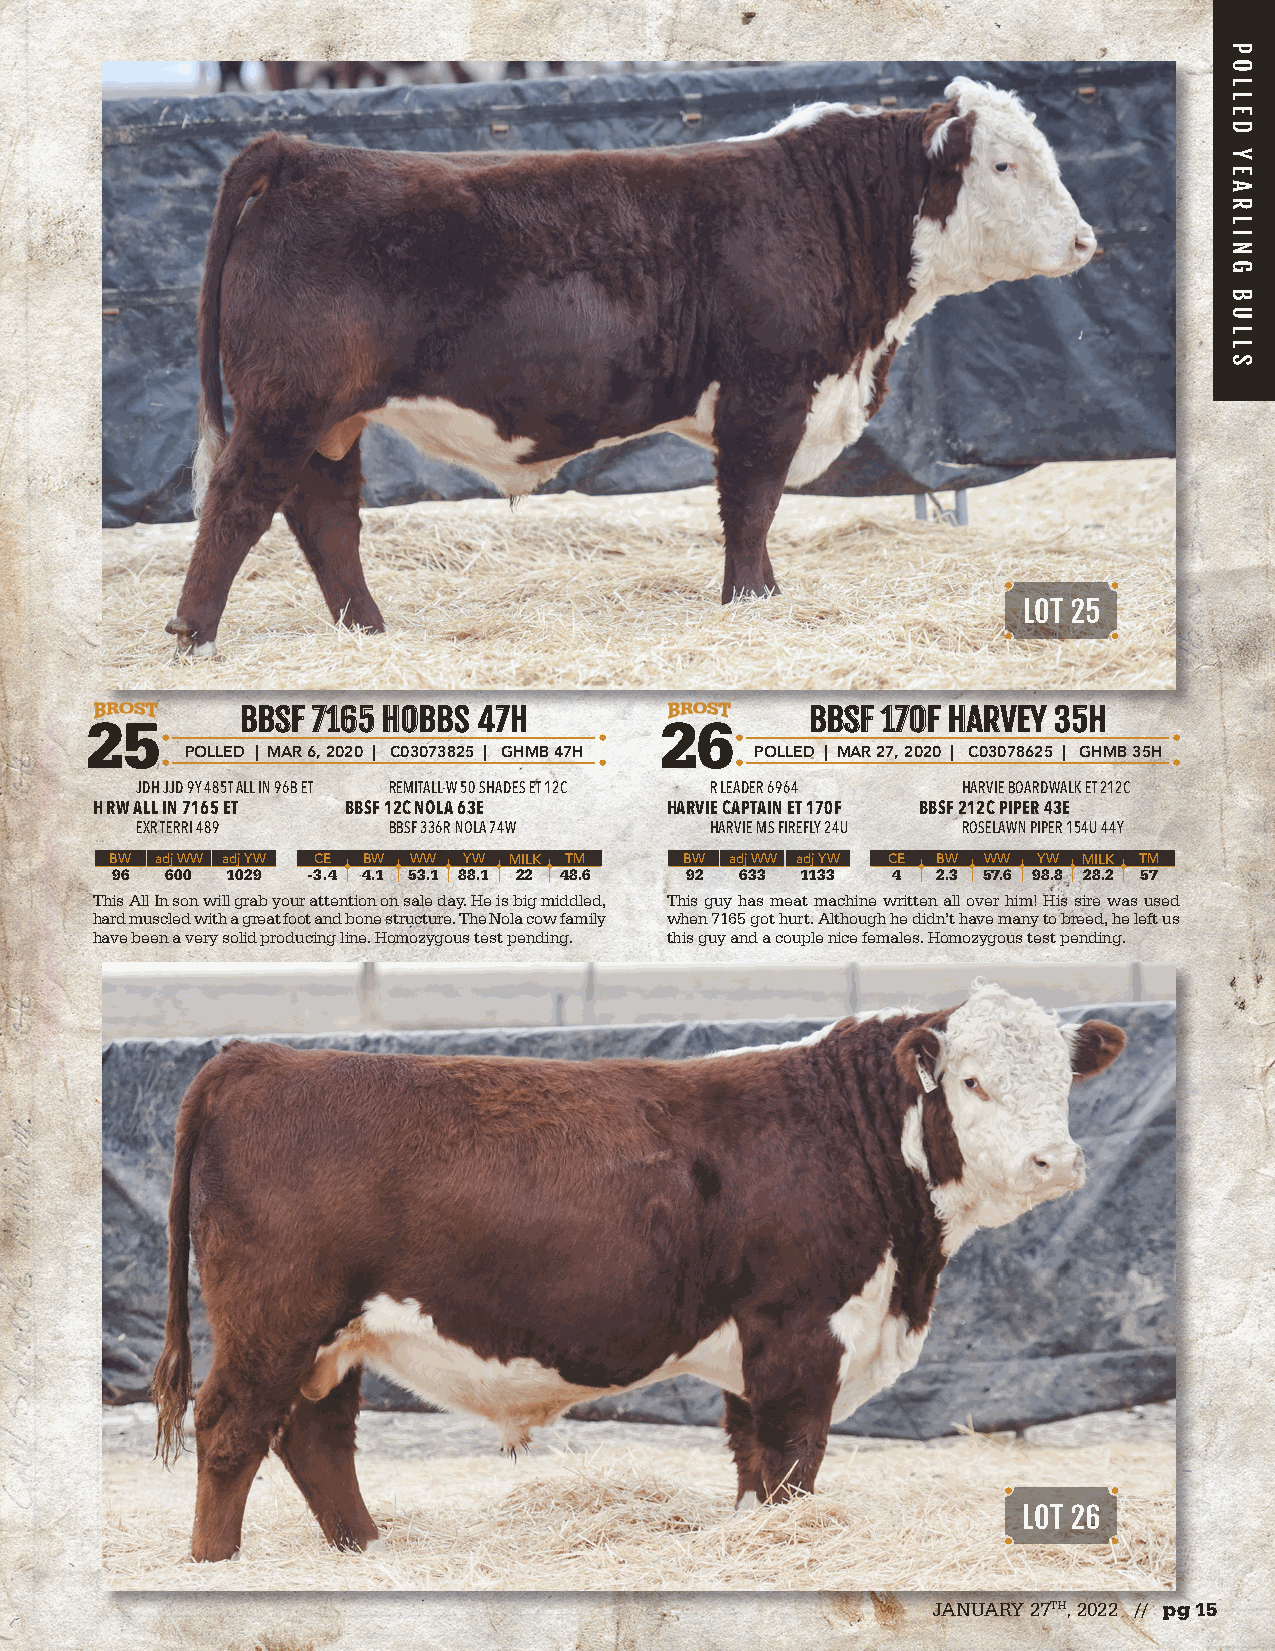
LOT 25
 BBBBSSFF 77116655 HHOOBBBBSS 4477HH   BBBBSSFF 117700FF HHAARRVVEEYY 3355HH
 25                                    26
 POLLED | MAR 6, 2020 | C03073825 | GHMB 47H POLLED | MAR 27, 2020 | C03078625 | GHMB 35H
 JDH JJD 9Y 485T ALL IN 96B ET REMITALL-W 50 SHADES ET 12C R LEADER 6964 HARVIE BOARDWALK ET 212C
 H RW ALL IN 7165 ET BBSF 12C NOLA 63E HARVIE CAPTAIN ET 170F BBSF 212C PIPER 43E
 EXR TERRI 489    BBSF 336R NOLA 74W   HARVIE MS FIREFLY 24U ROSELAWN PIPER 154U 44Y
 BW adj WW adj YW CE BW WW YW MILK TM  BW adj WW adj YW CE BW WW YW MILK TM
 96  600 1029 -3.4 4.1 53.1 88.1 22 48.6 92 633 1133 4  2.3 57.6 98.8 28.2 57
 This All In son will grab your attention on sale day. He is big middled, This guy has meat machine written all over him! His sire was used
 hard muscled with a great foot and bone structure. The Nola cow family when 7165 got hurt. Although he didn’t have many to breed, he left us
 have been a very solid producing line. Homozygous test pending. this guy and a couple nice females. Homozygous test pending.
 LOT 26
 JANUARY 27TH, 2022 // pg 15
 POLLED
 YEARLING
 BULLS